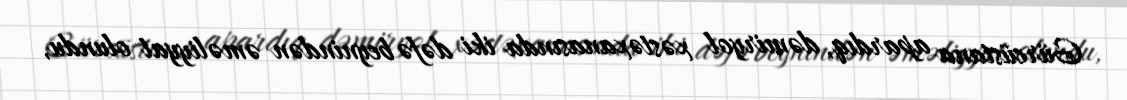
Gürcüstana apardıq, dəmiryol xəstəxanasında iki dəfə beynindən əməliyyat olundu,